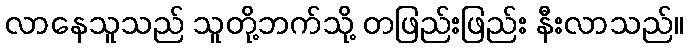
လာနေသူသည် သူတို့ဘက်သို့ တဖြည်းဖြည်း နီးလာသည်။